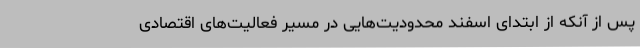
پس از آنکه از ابتدای اسفند محدودیت‌هایی در مسیر فعالیت‌های اقتصادی